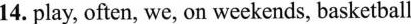
14. play, often, we, on weekends, basketball